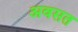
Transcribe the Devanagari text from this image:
अवसत